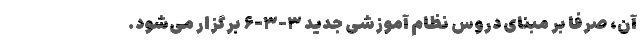
آن، صرفا بر مبنای دروس نظام آموزشی جدید ۳-۳-۶ برگزار ‌‌‌‌‌‌‌‌‌می‌شود.